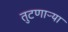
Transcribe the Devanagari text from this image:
तुटणाऱ्या